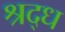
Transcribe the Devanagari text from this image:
श्रद्ध